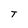
Character: T